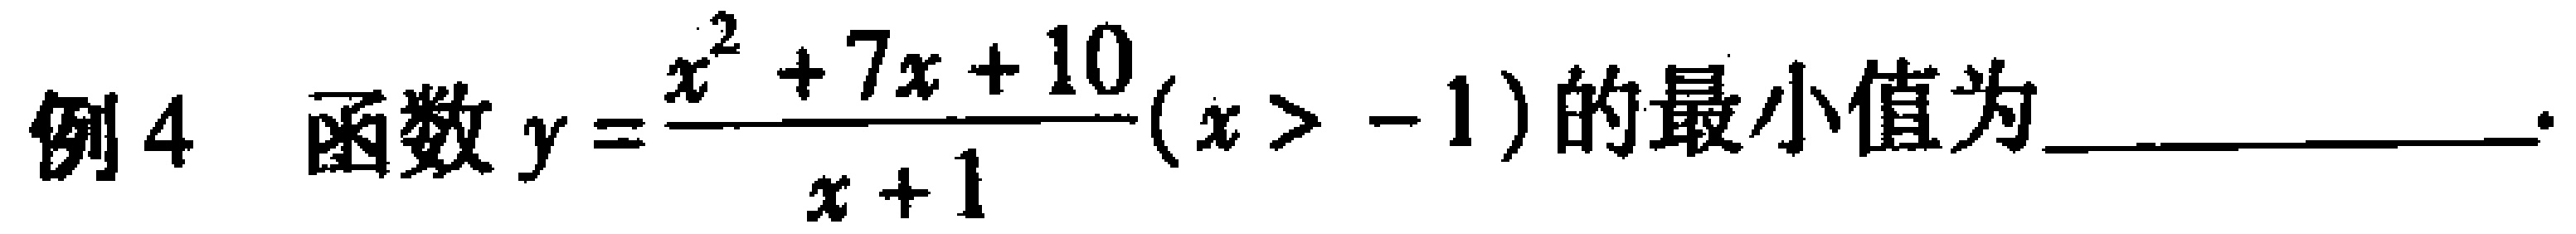
例4 函数\(y = \dfrac{x^{2} + 7x + 10}{x + 1}(x > - 1)\)的最小值为  。